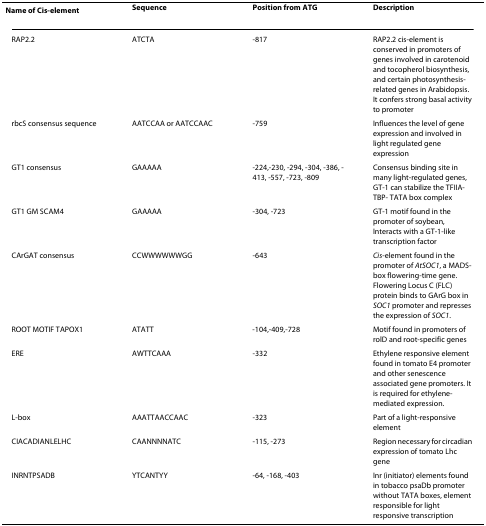
<table><thead><tr><td><b>Name of <i>Cis</i>-element</b></td><td><b>Sequence</b></td><td><b>Position from ATG</b></td><td><b>Description</b></td></tr></thead><tbody><tr><td>RAP2.2</td><td>ATCTA</td><td>-817</td><td>RAP2.2 cis-element is conserved in promoters of genes involved in carotenoid and tocopherol biosynthesis, and certain photosynthesis- related genes in Arabidopsis. It confers strong basal activity to promoter</td></tr><tr><td>rbcS consensus sequence</td><td>AATCCAA or AATCCAAC</td><td>-759</td><td>Influences the level of gene expression and involved in light regulated gene expression</td></tr><tr><td>GT1 consensus</td><td>GAAAAA</td><td>-224,-230, -294, -304, -386, -413, -557, -723, -809</td><td>Consensus binding site in many light-regulated genes, GT-1 can stabilize the TFIIA-TBP- TATA box complex</td></tr><tr><td>GT1 GM SCAM4</td><td>GAAAAA</td><td>-304, -723</td><td>GT-1 motif found in the promoter of soybean, Interacts with a GT-1-like transcription factor</td></tr><tr><td>CArGAT consensus</td><td>CCWWWWWWGG</td><td>-643</td><td><i>Cis</i>-element found in the promoter of <i>AtSOC1</i>, a MADS-box flowering-time gene. Flowering Locus C (FLC) protein binds to GArG box in <i>SOC1 </i>promoter and represses the expression of <i>SOC1</i>.</td></tr><tr><td>ROOT MOTIF TAPOX1</td><td>ATATT</td><td>-104,-409,-728</td><td>Motif found in promoters of rolD and root-specific genes</td></tr><tr><td>ERE</td><td>AWTTCAAA</td><td>-332</td><td>Ethylene responsive element found in tomato E4 promoter and other senescence associated gene promoters. It is required for ethylene-mediated expression.</td></tr><tr><td>L-box</td><td>AAATTAACCAAC</td><td>-323</td><td>Part of a light-responsive element</td></tr><tr><td>CIACADIANLELHC</td><td>CAANNNNATC</td><td>-115, -273</td><td>Region necessary for circadian expression of tomato Lhc gene</td></tr><tr><td>INRNTPSADB</td><td>YTCANTYY</td><td>-64, -168, -403</td><td>Inr (initiator) elements found in tobacco psaDb promoter without TATA boxes, element responsible for light responsive transcription</td></tr></tbody></table>